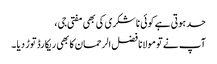
حد ہوتی ہے کوئی نا شکری کی بھی مفتی جی ،
آپ نے تو مولانا فضل الرحمان کا بھی ریکارڈ توڑ دیا ۔